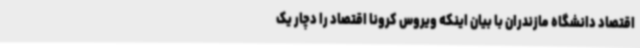
اقتصاد دانشگاه مازندران با بیان اینکه ویروس کرونا اقتصاد را دچار یک